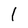
Character: l